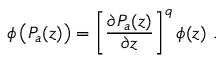
\phi \left( P _ { a } ( z ) \right) = \left[ \frac { \partial P _ { a } ( z ) } { \partial z } \right] ^ { q } \phi ( z ) \ .